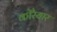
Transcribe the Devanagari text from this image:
कोरैयार